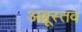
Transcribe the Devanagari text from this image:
अब्रूस्तव